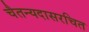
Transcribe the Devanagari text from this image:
चैतन्यदासरचित